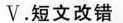
Ⅴ.短文改错